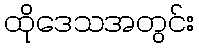
ထိုဒေသအတွင်း